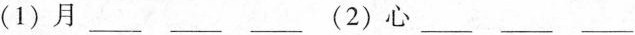
(1)月___ ___ ___ (2)心___ ___ ___